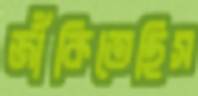
জাঁকিতেছিস